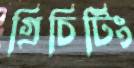
গ্রিচিটিং